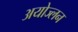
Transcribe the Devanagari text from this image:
अयोज्लन